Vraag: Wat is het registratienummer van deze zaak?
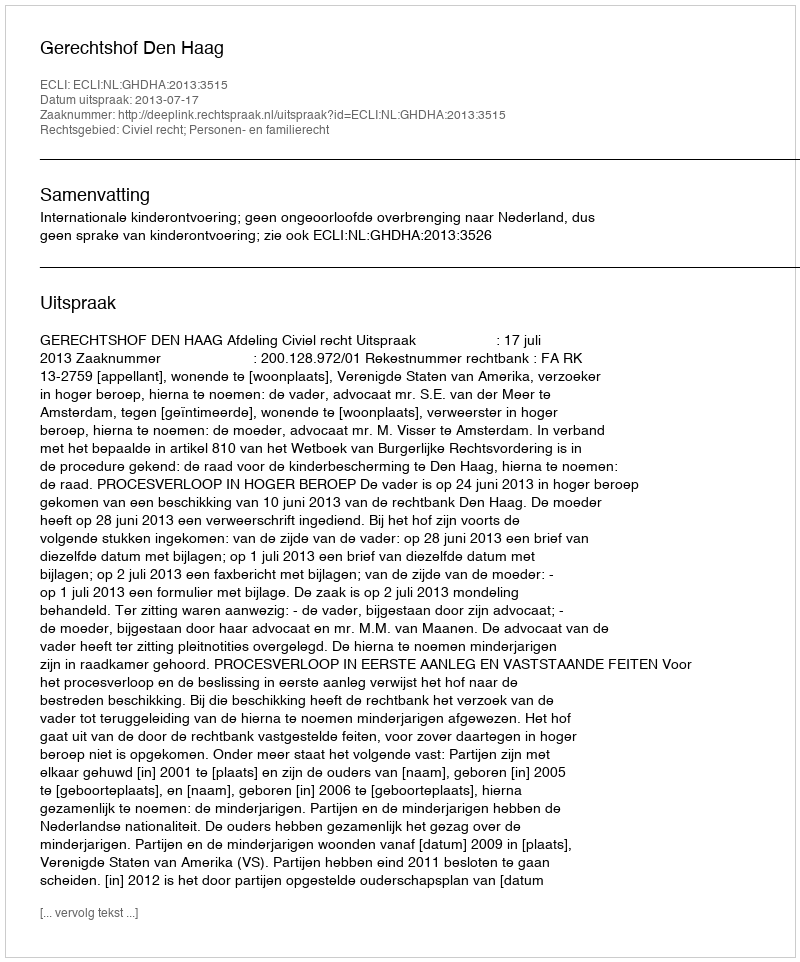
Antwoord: http://deeplink.rechtspraak.nl/uitspraak?id=ECLI:NL:GHDHA:2013:3515